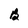
Character: B